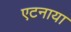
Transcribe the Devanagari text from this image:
एटनाया